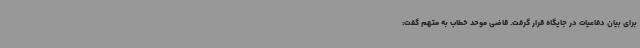
برای بیان دفاعیات در جایگاه قرار گرفت. قاضی موحد خطاب به متهم گفت: